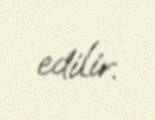
edilir.